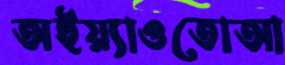
অইয়্যাওতোআ